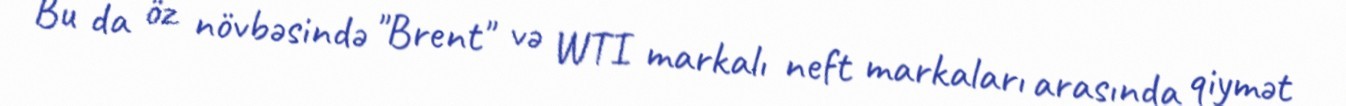
Bu da öz növbəsində "Brent" və WTI markalı neft markaları arasında qiymət